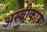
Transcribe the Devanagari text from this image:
अस्वीकारा